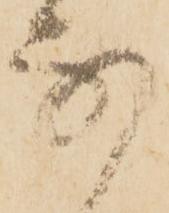
な